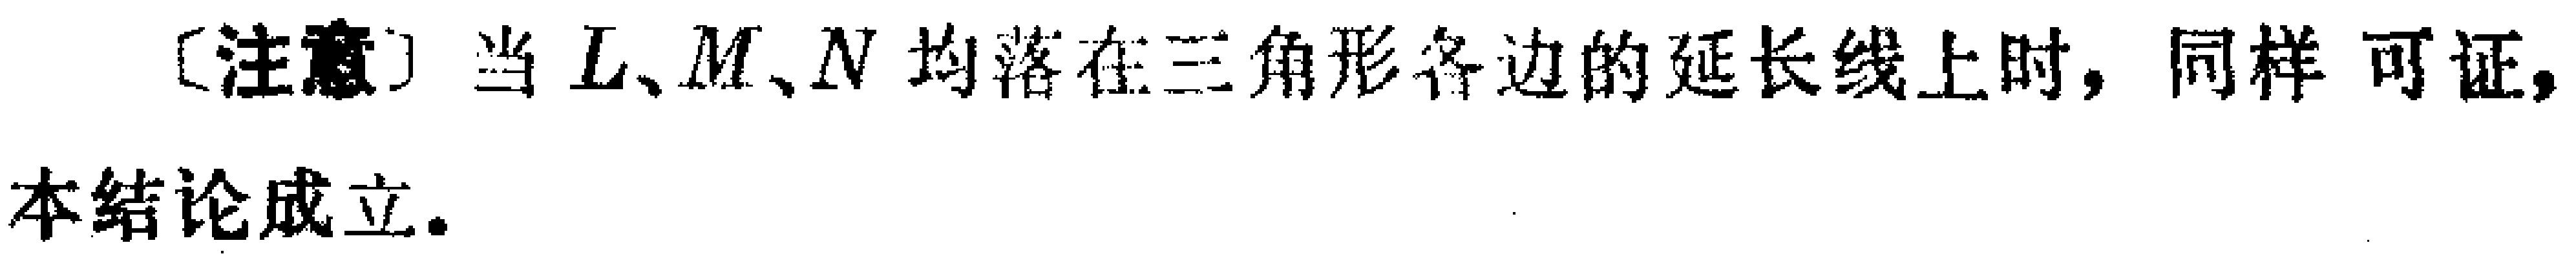
[注意] 当 \(L、M、N\) 均落在三角形各边的延长线上时，同样可证，本结论成立。